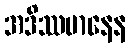
အဒိဿမာနေန